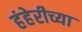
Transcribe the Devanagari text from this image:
हंहेरीच्या